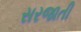
સરજાતી